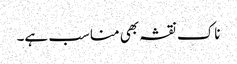
ناک نقشہ بھی مناسب ہے۔